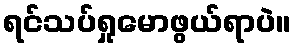
ရင်သပ်ရှုမောဖွယ်ရာပဲ။